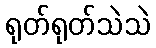
ရုတ်ရုတ်သဲသဲ